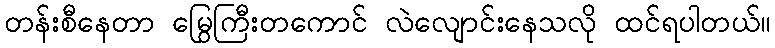
တန်းစီနေတာ မြွေကြီးတကောင် လဲလျောင်းနေသလို ထင်ရပါတယ်။